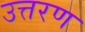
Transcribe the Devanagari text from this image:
उत्तरण